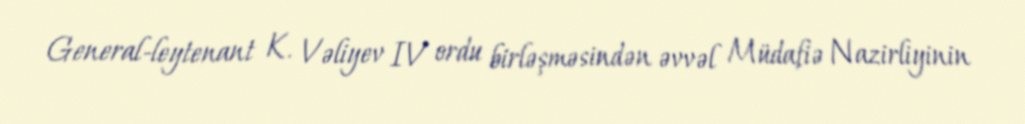
General-leytenant K. Vəliyev IV ordu birləşməsindən əvvəl Müdafiə Nazirliyinin